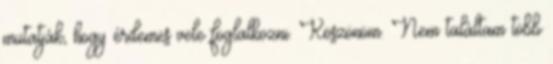
mutatják, hogy érdemes vele foglalkozni. Köszönöm. Nem találtam több